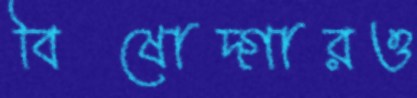
বিষোদ্গারও